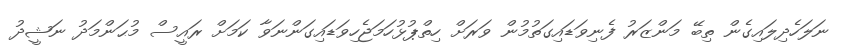
ނަލަހެދިލައިގެން ތިބޭ މަންޒަރު ފެނިވަޑައިގަތުމުން ވަރަށް ހިތްޕުޅުހަމަޖެހިވަޑައިގަންނަވާ ކަމަށް ރައީސް މުޙަންމަދު ނަޝީދު